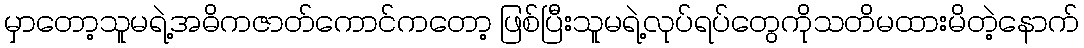
မှာတော့သူမရဲ့အဓိကဇာတ်ကောင်ကတော့ ဖြစ်ပြီးသူမရဲ့လုပ်ရပ်တွေကိုသတိမထားမိတဲ့နောက်